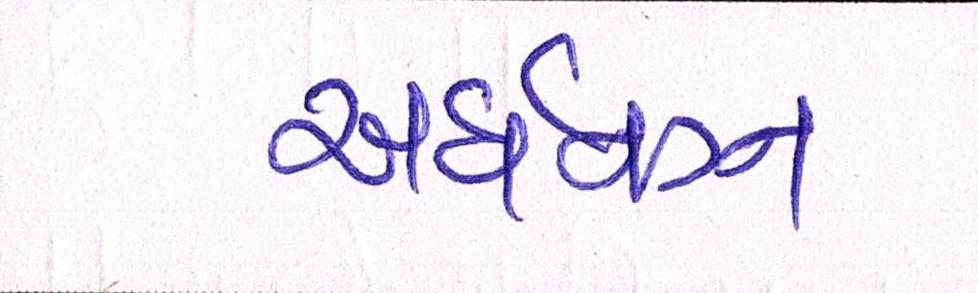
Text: અર્ધનગ્ન